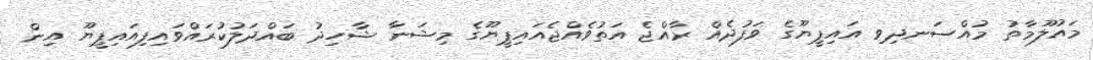
މައުލޫމާތު މުއްސަނދިވި އައިޕީޔޫގެ ވަފުދެއް ރާއްޖެ އަތުވެއްޖެއައިޕީޔޫގެ މިޝަނާ ޝާހިދު ބައްދަލުކުރައްވައިފިއައިޕީޔޫ އިން